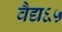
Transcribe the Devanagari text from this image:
वैद्य६५